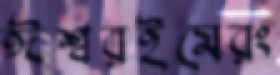
ঈশ্বরইমেরং